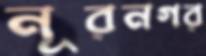
নূরনগর